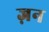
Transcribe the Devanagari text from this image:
ज़न